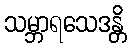
သမ္ဘာရသေဒန္တိ